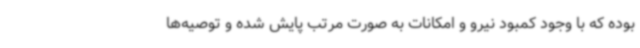
بوده که با وجود کمبود نیرو و امکانات به صورت مرتب پایش شده و توصیه‌ها